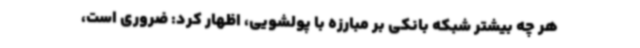
هر چه بیشتر شبکه بانکی بر مبارزه با پولشویی، اظهار کرد: ضروری است،